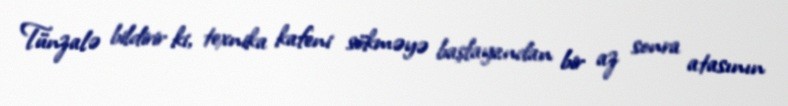
Tünzalə bildirir ki, texnika kafeni sökməyə başlayandan bir az sonra atasının